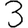
Digit: 3